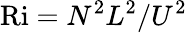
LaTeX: \textrm{Ri}=N^{2}L^{2}/U^{2}